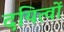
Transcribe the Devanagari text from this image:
दयित्वों